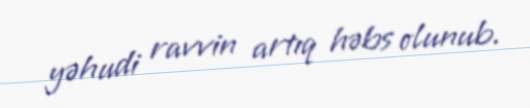
yəhudi ravvin artıq həbs olunub.